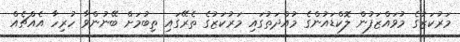
މަރުކަޒުގެ މުވައްޒަފުން ލޮކްޑައުންގެ މުއްދަތުގައި މަރުކަޒުގެ ތެރޭގައި ތިބުމަށް ބޭނުންވާ ހުރިހާ އެއްޗެއް